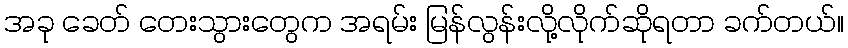
အခု ခေတ် တေးသွားတွေက အရမ်း မြန်လွန်းလို့လိုက်ဆိုရတာ ခက်တယ်။